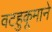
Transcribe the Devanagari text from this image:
वटहुकूमाने